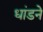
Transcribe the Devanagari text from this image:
धांडने